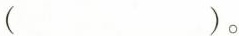
（ ）。